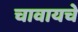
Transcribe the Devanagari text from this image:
चावायचे